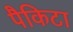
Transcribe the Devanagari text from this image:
पैकिटा